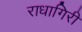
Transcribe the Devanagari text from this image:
राधागिरी